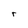
Character: r